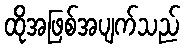
ထိုအဖြစ်အပျက်သည်